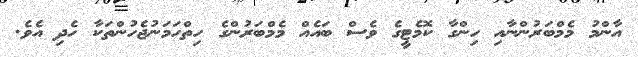
އާންމު މެމްބަރުންނާއި ހިންގާ ކޮމެޓީގެ ވެސް ބައެއް މެމްބަރުންގެ ހިތްހަމަނުޖެހުންތަކާ ހެދި އެވެ.